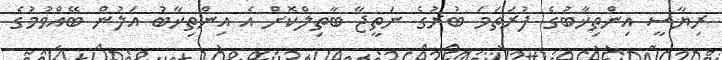
ރިޔާސީ އިންތިޚާބުގެ ފުރަތަމަ ބުރުގެ ނަތީޖާ ބާތިލްކޮށް އެ އިންތިޚާބު އަލުން ބޭއްވުމުގެ